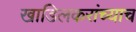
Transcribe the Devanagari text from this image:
खाडिलकरांच्याच